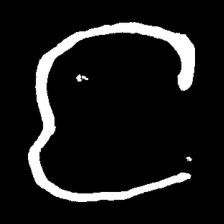
Pyu character \u2014 Myanmar letter: င (romanized: nga)